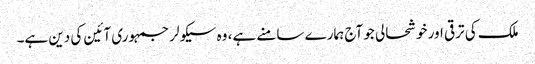
ملک کی ترقی اور خوشحالی جو آج ہمارے سامنے ہے، وہ سیکولر جمہوری آئین کی دین ہے۔